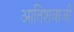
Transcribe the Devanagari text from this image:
आतिशवाजी